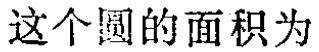
这个圆的面积为